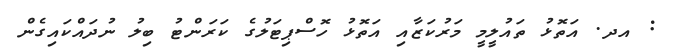
: އދ. އަތޮޅު ތައުލީމީ މަރުކަޒާއި އަތޮޅު ހޮސްޕިޓަލުގެ ކަރަންޓު ބިލު ނުދައްކައިގެން